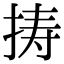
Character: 𢭏